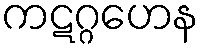
ကဋဂ္ဂဟေန